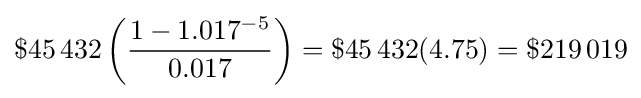
\$45\,432\left({\frac {1-1.017^{-5}}{0.017}}\right)=\$45\,432(4.75)=\$219\,019